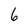
Character: 6